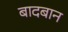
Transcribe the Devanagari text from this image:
बादबान